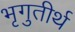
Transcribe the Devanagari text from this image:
भृगुतीर्थ